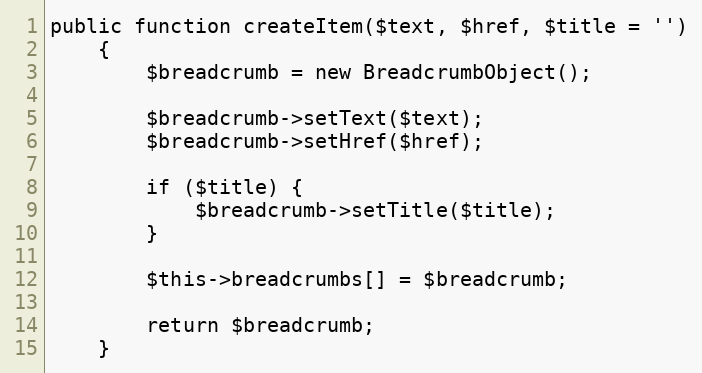
Language: PHP
public function createItem($text, $href, $title = '')
    {
        $breadcrumb = new BreadcrumbObject();

        $breadcrumb->setText($text);
        $breadcrumb->setHref($href);

        if ($title) {
            $breadcrumb->setTitle($title);
        }

        $this->breadcrumbs[] = $breadcrumb;

        return $breadcrumb;
    }